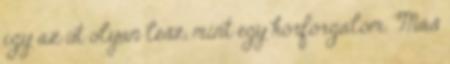
így az út olyan lesz, mint egy körforgalom. Más